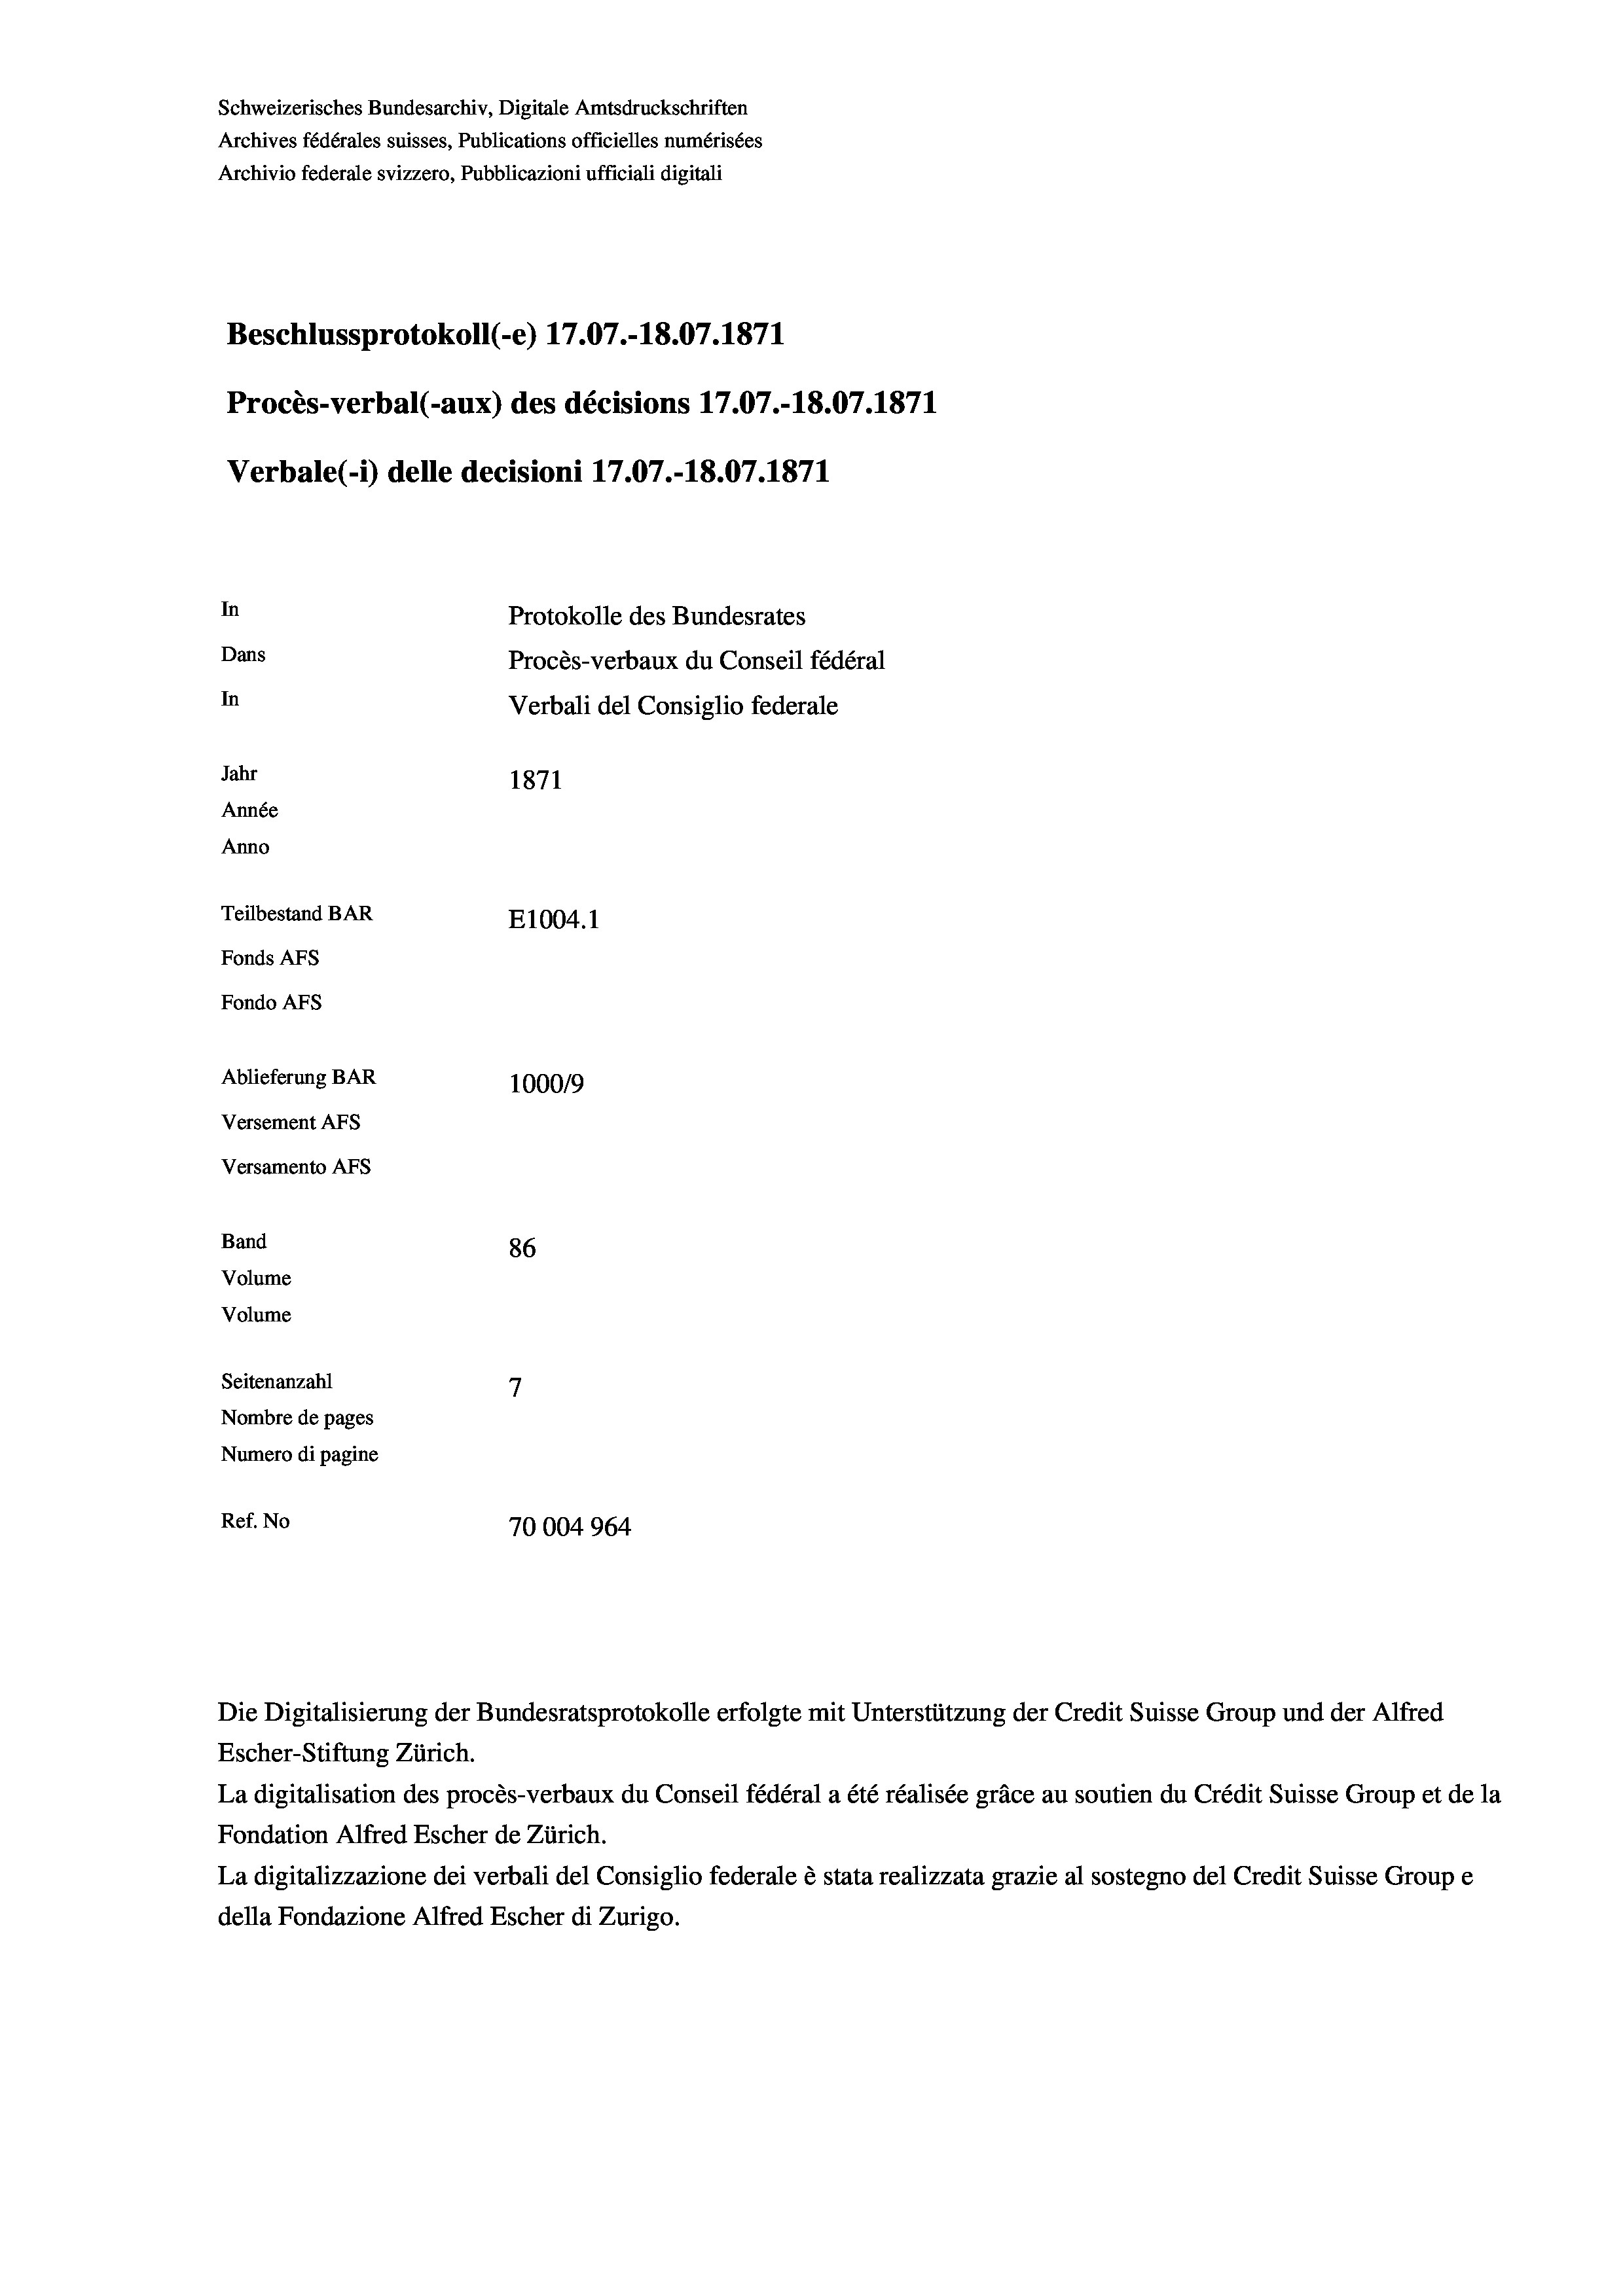
Schweizerisches Bundesarchiv, Digitale Amtsdruckschriften
Archives fédérales suisses, Publications officielles numérisées
Archivio federale svizzero, Pubblicazioni ufficiali digitali
Beschlussprotokoll (-e) 17.07.-18.07. 1871
Procès-verbal (-aux) des décisions 17.07.-18.07. 1871
Verbale (- 1) delle decisioni 17.07.-18.07. 1871
In
Protokolle des Bundesrates
Dans
Procès-verbaux du Conseil fédéral
In
Verbali del Consiglio federale
Jahr
1871
Année
Anno
Teilbestand BAR
E1004. 1
Fonds AFs
Fondo AFs
Ablieferung BAR
100019
Versement As
Versamento Afs

Band
Volume

86
7
Seitenanzahl
Nombre de pages
Numero di pagine
Ref. No
70004964

Volume

Die Digitalisierung der Bundesratsprotokolle erfolgte mit Unterstützung der Credit Suisse Group und der Alfred
Escher-Stiftung Zürich.
La digitalisation des procès-verbaux du Conseil fédéral a été réalisée gräce au soutien du Crédit Suisse Group et de la
Fondation Alfred Escher de Zürich.
La digitalizzazione dei verbali del Consiglio federale è stata realizzata grazie al sostegno del Credit Suisse Groupe
della Fondazione Alfred Escher di Zurigo.